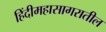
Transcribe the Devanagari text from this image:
हिंदीमहासागरातील